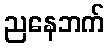
ညနေဘက်